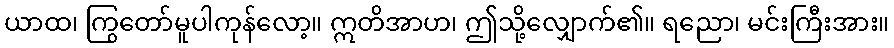
ယာထ၊ ကြွတော်မူပါကုန်လော့။ ဣတိအာဟ၊ ဤသို့လျှောက်၏။ ရညော၊ မင်းကြီးအား။